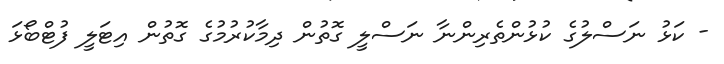
- ކަޅު ނަސްލުގެ ކުޅުންތެރިންނާ ނަސްލީ ގޮތުން ދިމާކުރުމުގެ ގޮތުން އިޓަލީ ފުޓްބޯޅަ